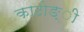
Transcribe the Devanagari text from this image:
काठोङ्ी